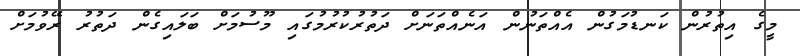
މީގެ އިތުރުން ކަނޑުމަގުން އެއްތަނުން އަނެއްތަނަށް ދަތުރުކުރުމުގައި މޫސުމަށް ބަލައިގެން ދަތުރު ރޭވުމަށް